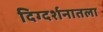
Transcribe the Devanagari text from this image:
दिग्दर्शनातला